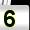
Digit: 5